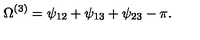
\Omega ^ { ( 3 ) } = \psi _ { 1 2 } + \psi _ { 1 3 } + \psi _ { 2 3 } - \pi .